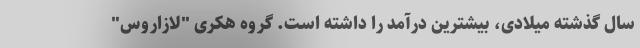
سال گذشته میلادی، بیشترین درآمد را داشته است. گروه هکری "لازاروس"